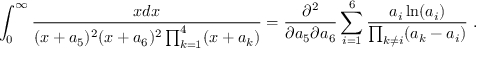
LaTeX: \int _ { 0 } ^ { \infty } { \frac { x d x } { ( x + a _ { 5 } ) ^ { 2 } ( x + a _ { 6 } ) ^ { 2 } \prod _ { k = 1 } ^ { 4 } ( x + a _ { k } ) } } = { \frac { \partial ^ { 2 } } { \partial a _ { 5 } \partial a _ { 6 } } } \sum _ { i = 1 } ^ { 6 } { \frac { a _ { i } \ln ( a _ { i } ) } { \prod _ { k \ne i } ( a _ { k } - a _ { i } ) } } \ .